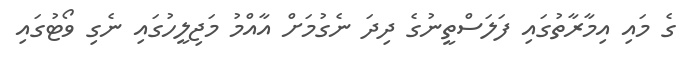
ގެ މައި އިމާރާތުގައި ފަލަސްތީނުގެ ދިދަ ނެގުމަށް އާއްމު މަޖިލީހުގައި ނެގި ވޯޓުގައި